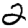
Digit: 2